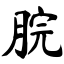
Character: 脘